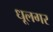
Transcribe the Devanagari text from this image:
धूलगर